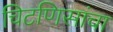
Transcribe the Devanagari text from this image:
चिटणिसांचा